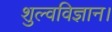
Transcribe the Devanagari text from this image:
शुल्वविज्ञान।